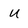
Character: U